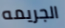
الجريمه